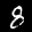
Label: 8